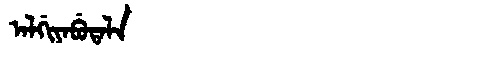
Manchu: ᠠᠯᡤᡳᠶᠠᠪᡠᡨᠠᠯᠠ
Romanization: ALGIYABUTALA